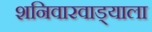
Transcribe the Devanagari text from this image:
शनिवारवाड्याला